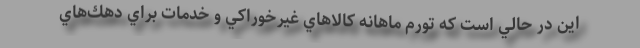
اين در حالي است كه تورم ماهانه كالاهاي غيرخوراكي و خدمات براي دهك‌هاي